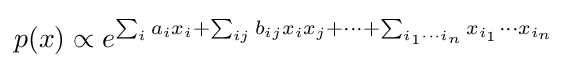
p(x)\propto e^{\sum _{i}a_{i}x_{i}+\sum _{ij}b_{ij}x_{i}x_{j}+\cdots +\sum _{i_{1}\cdots i_{n}}x_{i_{1}}\cdots x_{i_{n}}}